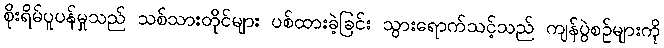
စိုးရိမ်ပူပန်မှုသည် သစ်သားတိုင်များ ပစ်ထားခဲ့ခြင်း သွားရောက်သင့်သည် ကျန်ပွဲစဉ်များကို